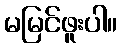
မမြင်ဖူးပါ။